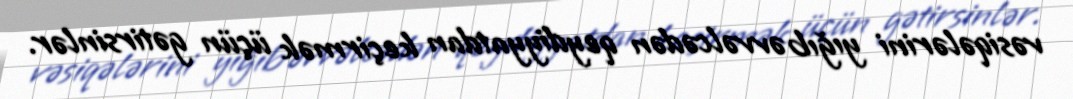
vəsiqələrini yığıb əvvəlcədən qeydiyyatdan keçirmək üçün gətirsinlər.